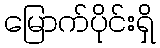
မြောက်ပိုင်းရှိ